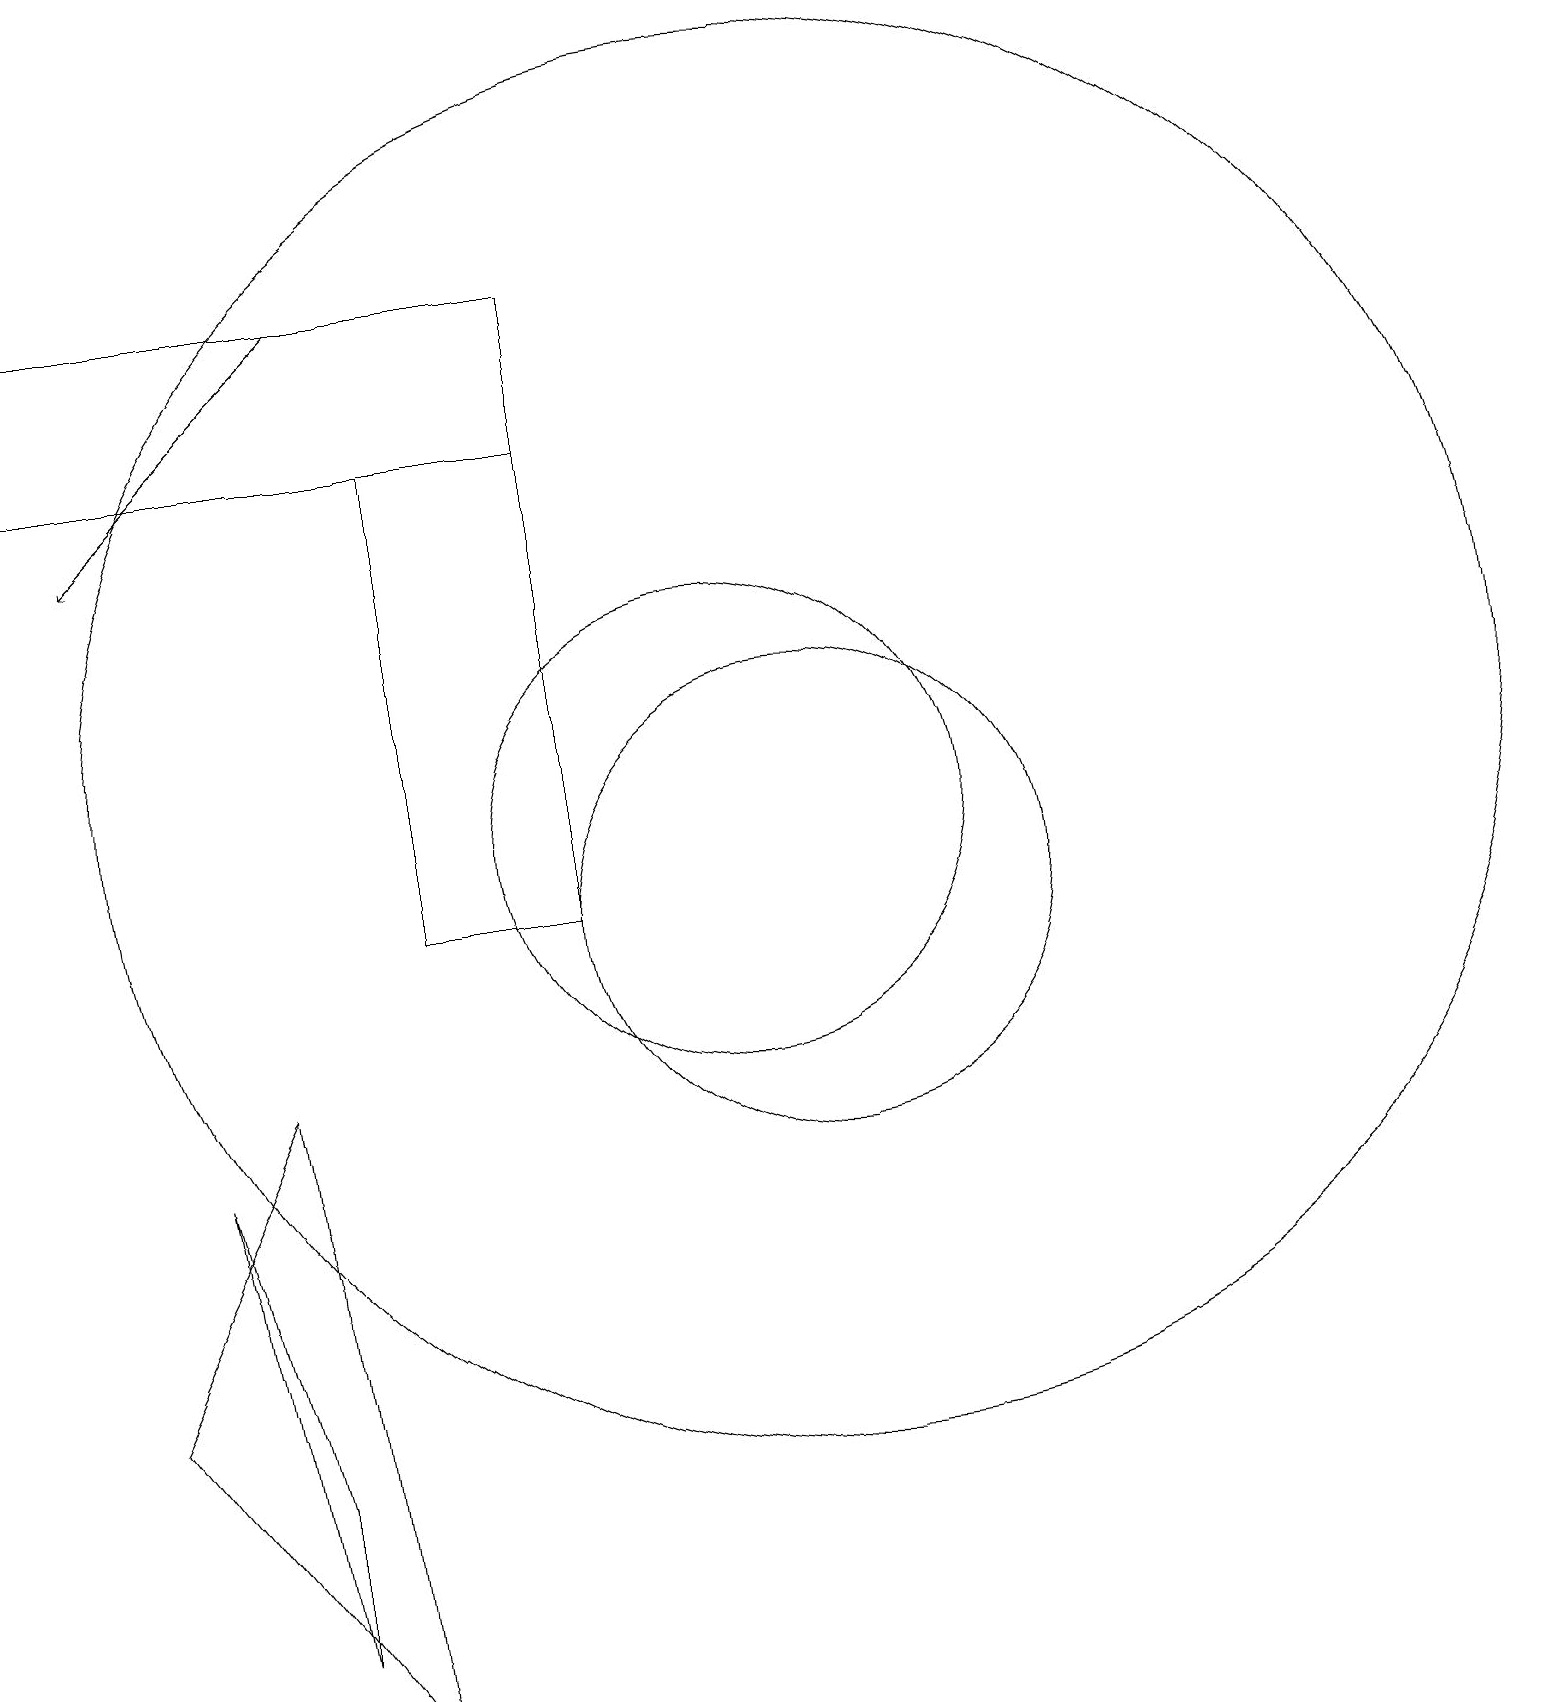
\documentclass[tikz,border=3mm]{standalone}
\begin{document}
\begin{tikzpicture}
\draw (12,12) circle (9);
\draw[->] (6,18) -- (3,15);
\draw (11,11) circle (3);
\draw (2,16) rectangle (9,18);
\draw (7,16) rectangle (9,10);
\draw (12,10) circle (3);
\draw (5,3) -- (5,1) -- (4,7) -- cycle;
\draw (6,0) -- (3,4) -- (5,8) -- cycle;
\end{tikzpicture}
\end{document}